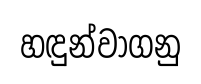
හඳුන්වාගනු